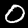
Label: 0